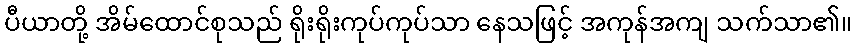
ပီယာတို့ အိမ်ထောင်စုသည် ရိုးရိုးကုပ်ကုပ်သာ နေသဖြင့် အကုန်အကျ သက်သာ၏။